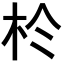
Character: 𪱸